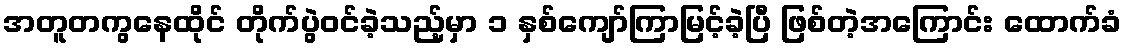
အတူတကွနေထိုင် တိုက်ပွဲဝင်ခဲ့သည့်မှာ ၁ နှစ်ကျော်ကြာမြင့်ခဲ့ပြီ ဖြစ်တဲ့အကြောင်း ထောက်ခံ